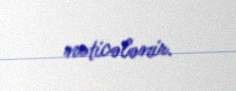
nəticələnir.